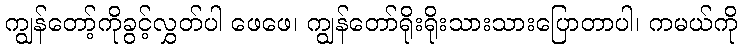
ကျွန်တော့်ကိုခွင့်လွှတ်ပါ ဖေဖေ၊ ကျွန်တော်ရိုးရိုးသားသားပြောတာပါ၊ ကမယ်ကို